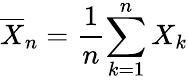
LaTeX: {\overline{{X}}}_{n}={\frac{1}{n}}{\sum_{k=1}^{n}X_{k}}